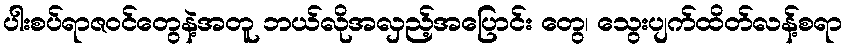
ပါးစပ်ရာဇဝင်တွေနဲ့အတူ ဘယ်လိုအလှည့်အပြောင်း တွေ၊ သွေးပျက်ထိတ်လန့်စရာ